Report of the Municipal Commissioner on the plague in Bombay for the year ending 31st May... - Volume 2
Disease focus: Plague
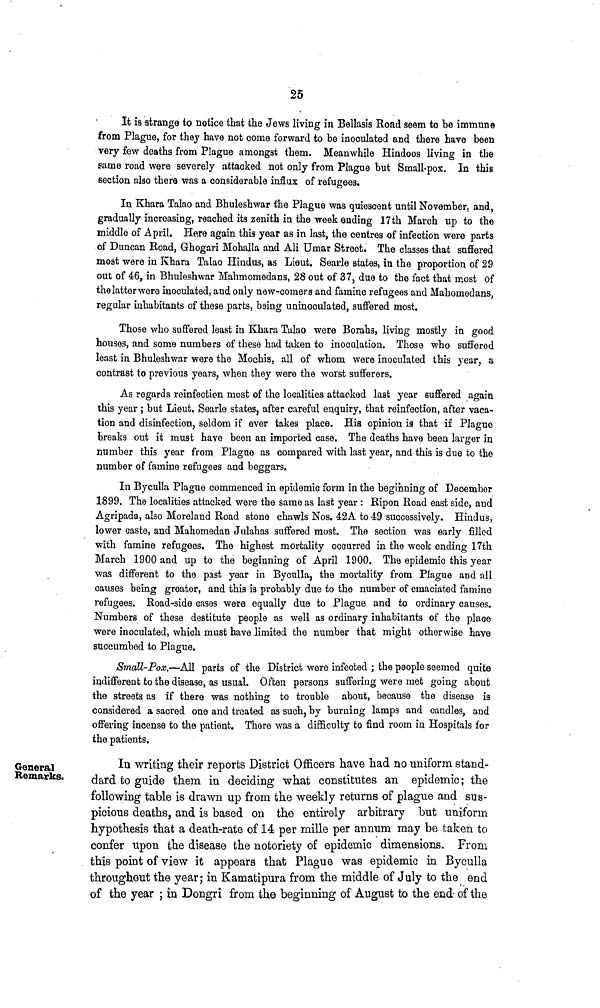
25
It is strange to notice that the Jews living in Bellasis Road seem to be immune
from Plague, for they have not Come forward to he inoculated and there have been
very few deaths from Plague amongst them. Meanwhile Hindoos living in the
same road were severely attacked not only from Plague but Small-pox. In this
section also there was a considerable influx of refugees.
In Khara Talao and Bhuleshwar the Plague was quiescent until November, and,
gradually increasing, reached its zenith in the week ending 17th March up to the
middle of April. Here again this year as in last, the centres of infection were parts
of Duncan Road, Ghogari Mohalla and Ali Umar Street. The classes that suffered
most were in Khara Talao Hindus, as Lieut. Searle states, in the proportion of 29
out of 46, in Bhuleshwar Mahmomedans, 28 out of 37, due to the fact that most of
the latter were inoculated, and only new-comers and famine refugees and Mahomedans,
regular inhabitants of these parts, being uninoculated, suffered most.
Those who suffered least in Khara Tulao were Borahs, living mostly in good
houses, and some numbers of these had taken to inoculation. Those who suffered
least in Bhuleshwar were the Mochis, all of whom were inoculated this year, a
contrast to previous years, when they were the worst sufferers.
As regards reinfection most of the localities attacked last year suffered again
this year ; but Lieut. Searle states, after careful enquiry, that reinfection, after vaca-
tion and disinfection, seldom if ever takes place. Hia opinion is that if Plague
breaks out it must have been an imported case. The deaths have been larger in
number this year from Plague as compared with last year, and this is due to the
number of famine refugees and beggars.
In Byculla Plague commenced in epidemic form in the beginning of December
1899. The localities attacked were the same as last year : Ripon Road east side, and
Agripada, also Moreland Road stone chawls Nos. 42A to 49 successively. Hindus,
lower caste, and Mahomedan Julahas suffered most. The section was early filled
with famine refugees. The highest mortality occurred in the week ending 17th
March 1900 and up to the beginning of April 1900. The epidemic this year
was different to the past year in Byculla, the mortality from Plague and all
causes being greater, and this is probably due to the number of emaciated famine
refugees. Road-side cases were equally due to Plague and to ordinary causes.
Numbers of these destitute people as well as ordinary inhabitants of the place
were inoculated, which must have limited the number that might otherwise have
succumbed to Plague.
Small-Pox;.—All parts of the District were infected ; the people seemed quite
indifferent to the disease, as usual. Often persons suffering were met going about
the streets as if there was nothing to trouble about, because the disease is
considered a sacred one and treated as such, by burning lamps and candles, and
offering incense to the patient. There was a difficulty to find room in Hospitals for
the patients.
General
Remarks.
In writing their reports District Officers have had no uniform stand-
dard to guide them in deciding what constitutes an epidemic; the
following table is drawn up from the weekly returns of plague and sus-
picious deaths, and is based on the entirely arbitrary but uniform
hypothesis that a death-rate of 14 per mille per annum may be taken to
confer upon the disease the notoriety of epidemic dimensions. From
this point of view it appears that Plague was epidemic in Byculla
throughout the year; in Kamatipura from the middle of July to the end
of the year ; in Dongri from the beginning of August to the end of the